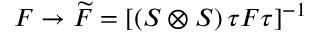
F \rightarrow \widetilde { F } = \left[ ( S \otimes S ) \, \tau F \tau \right] ^ { - 1 }